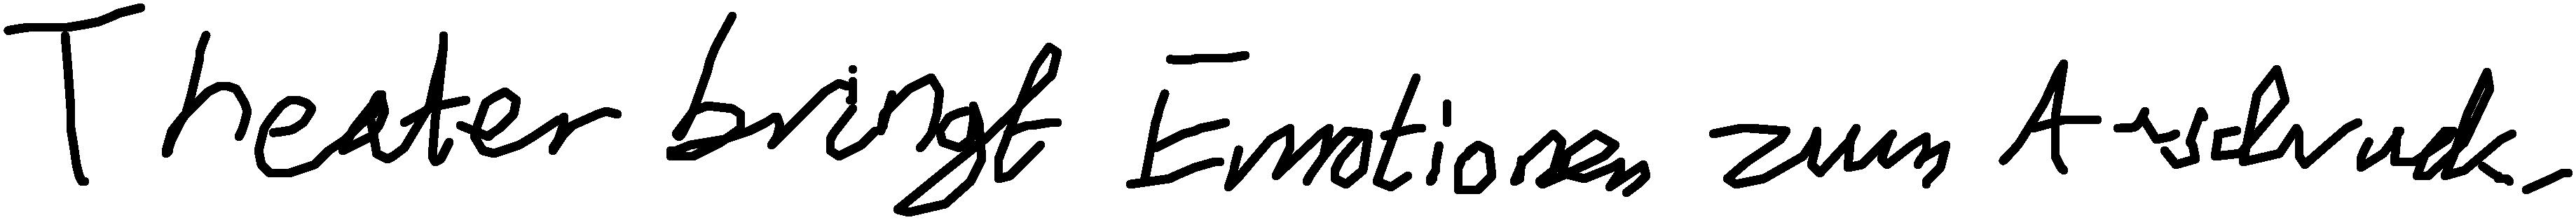
Theater bringt Emotionen zum Ausdruck.